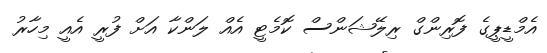
އެމްޑީޕީގެ ފޮރިންގް ރިލޭޝަންސް ކޮމެޓީ އެއް ލަންކާ އަށް ފުރީ އެއީ މިހާރު